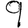
Digit: 9